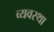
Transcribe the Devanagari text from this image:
व्‍यवस्था